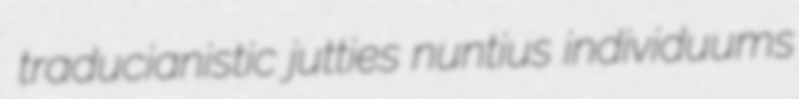
traducianistic jutties nuntius individuums